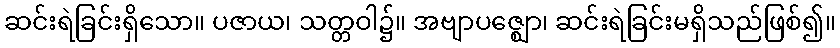
ဆင်းရဲခြင်းရှိသော။ ပဇာယ၊ သတ္တဝါ၌။ အဗျာပဇ္ဈော၊ ဆင်းရဲခြင်းမရှိသည်ဖြစ်၍။